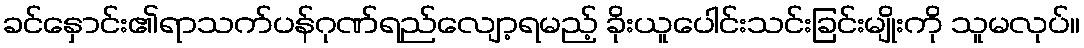
ခင်နှောင်း၏ရာသက်ပန်ဂုဏ်ရည်လျော့ရမည့် ခိုးယူပေါင်းသင်းခြင်းမျိုးကို သူမလုပ်။